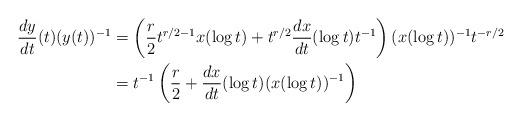
LaTeX: \begin{align*}\frac{dy}{dt}(t)(y(t))^{-1} &= \left(\frac{r}{2}t^{r/2-1}x(\log t)+t^{r/2}\frac{dx}{dt}(\log t)t^{-1}\right)(x(\log t))^{-1}t^{-r/2} \\&= t^{-1}\left(\frac{r}{2}+\frac{dx}{dt}(\log t)(x(\log t))^{-1}\right)\end{align*}